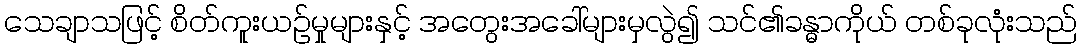
သေချာသဖြင့် စိတ်ကူးယဉ်မှုများနှင့် အတွေးအခေါ်များမှလွဲ၍ သင်၏ခန္ဓာကိုယ် တစ်ခုလုံးသည်